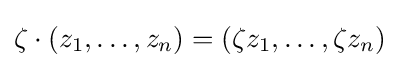
\zeta \cdot (z_{1},\dots ,z_{n})=(\zeta z_{1},\dots ,\zeta z_{n})